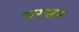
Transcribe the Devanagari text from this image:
मरसर